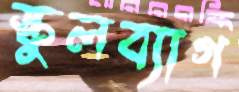
স্কুলব্যাগ